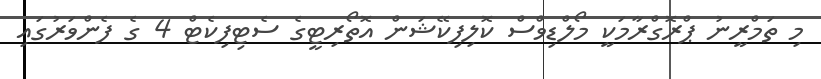
މި ތަމްރީނު ޕްރޮގްރާމަކީ މޯލްޑިވްސް ކޮލިފިކޭޝަން އޮތޯރިޓީގެ ސެޓިފިކެޓް 4 ގެ ފެންވަރުގައި